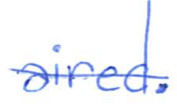
Text: aired.
Cross-out: single-line
Writing tool: ballpoint